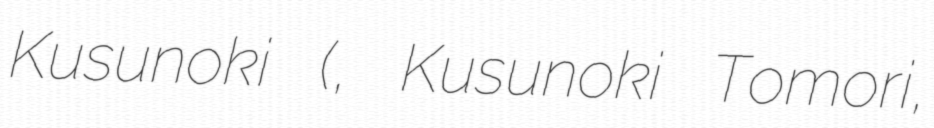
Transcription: Kusunoki (楠木ともり, Kusunoki Tomori,